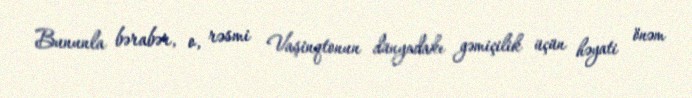
Bununla bərabər, o, rəsmi Vaşinqtonun dünyadakı gəmiçilik üçün həyati önəm